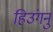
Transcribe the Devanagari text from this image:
हिउंगनु